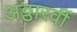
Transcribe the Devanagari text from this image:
अठ्ठारवीं